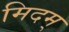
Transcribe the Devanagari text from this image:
मिदम्